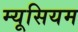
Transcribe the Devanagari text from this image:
म्यूसियम